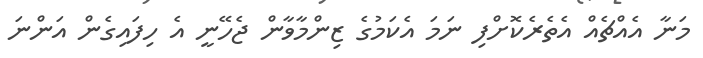
މަނާ އެއްޗެއް އެތެރެކޮށްފި ނަމަ އެކަމުގެ ޒިންމާވާން ޖެހޭނީ އެ ހިފައިގެން އަންނަ